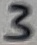
Text: 3